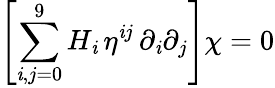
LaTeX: \left[\sum_{\mathit{i},j=0}^{9}H_{\mathit{i}}\, \eta^{\mathit{i}j}\, \partial_{\mathit{i}}\partial_{j}\right]\chi=0